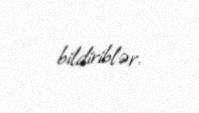
bildiriblər.